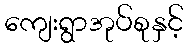
ကျေးရွာအုပ်စုနှင့်